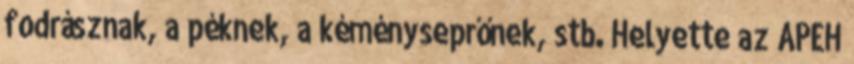
fodrásznak, a péknek, a kéményseprőnek, stb. Helyette az APEH